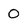
Character: 0